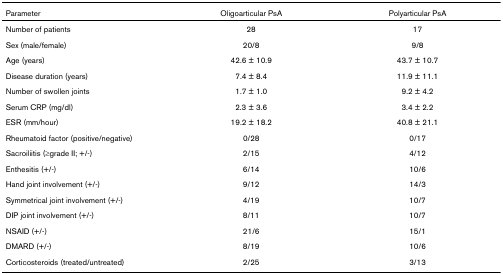
| Parameter | Oligoarticular PsA | Polyarticular PsA |
 | --- | --- | --- |
 | Number of patients | 28 | 17 |
 | Sex (male/female) | 20/8 | 9/8 |
 | Age (years) | 42.6 ± 10.9 | 43.7 ± 10.7 |
 | Disease duration (years) | 7.4 ± 8.4 | 11.9 ± 11.1 |
 | Number of swollen joints | 1.7 ± 1.0 | 9.2 ± 4.2 |
 | Serum CRP (mg/dl) | 2.3 ± 3.6 | 3.4 ± 2.2 |
 | ESR (mm/hour) | 19.2 ± 18.2 | 40.8 ± 21.1 |
 | Rheumatoid factor (positive/negative) | 0/28 | 0/17 |
 | Sacroiliitis (≥grade II; +/-) | 2/15 | 4/12 |
 | Enthesitis (+/-) | 6/14 | 10/6 |
 | Hand joint involvement (+/-) | 9/12 | 14/3 |
 | Symmetrical joint involvement (+/-) | 4/19 | 10/7 |
 | DIP joint involvement (+/-) | 8/11 | 10/7 |
 | NSAID (+/-) | 21/6 | 15/1 |
 | DMARD (+/-) | 8/19 | 10/6 |
 | Corticosteroids (treated/untreated) | 2/25 | 3/13 |